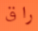
راق